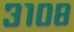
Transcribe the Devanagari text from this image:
३१०८